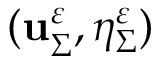
( \mathbf { u } _ { \Sigma } ^ { \varepsilon } , \eta _ { \Sigma } ^ { \varepsilon } )